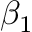
\beta _ { 1 }